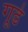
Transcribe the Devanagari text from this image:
गूढे